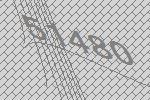
51480